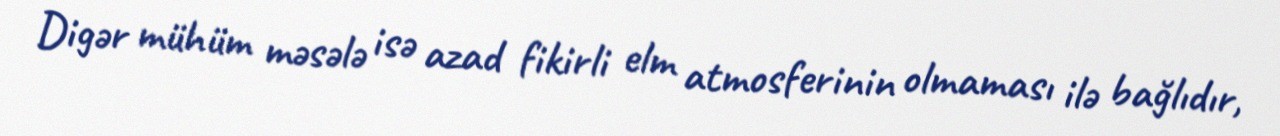
Digər mühüm məsələ isə azad fikirli elm atmosferinin olmaması ilə bağlıdır,